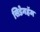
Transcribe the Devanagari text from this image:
सिडेनहॅम